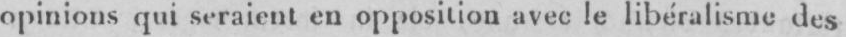
opinions qui seraient en opposition avec le libéralisme des